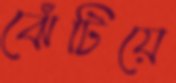
ঝেঁটিয়ে